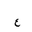
Letter: _ayn